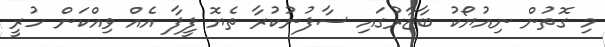
މި ގޮތުން ނިއުޔޯކު ބާޒާރުގައި ސާފުނުކުރާ ތެޔޮ ފީފާ އެއް ވިއްކަން ހުރީ